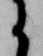
に